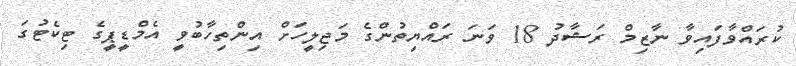
ކުރައްވާފައިވާ ނާޒިމް ރަޝާދު 18 ވަނަ ރައްޔިތުންގެ މަޖިލީހަށް އިންތިހާބުވީ އެމްޑީޕީގެ ޓިކެޓުގަ